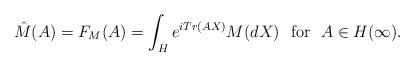
LaTeX: \begin{align*}\hat{M}(A)=F_{M}(A)= \int_{H}e^{iTr(AX)}M(dX) \ \textnormal{ for } \ A\in H(\infty).\end{align*}